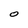
Character: o